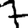
Digit: 7